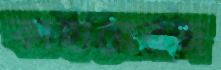
কাহারেরজ